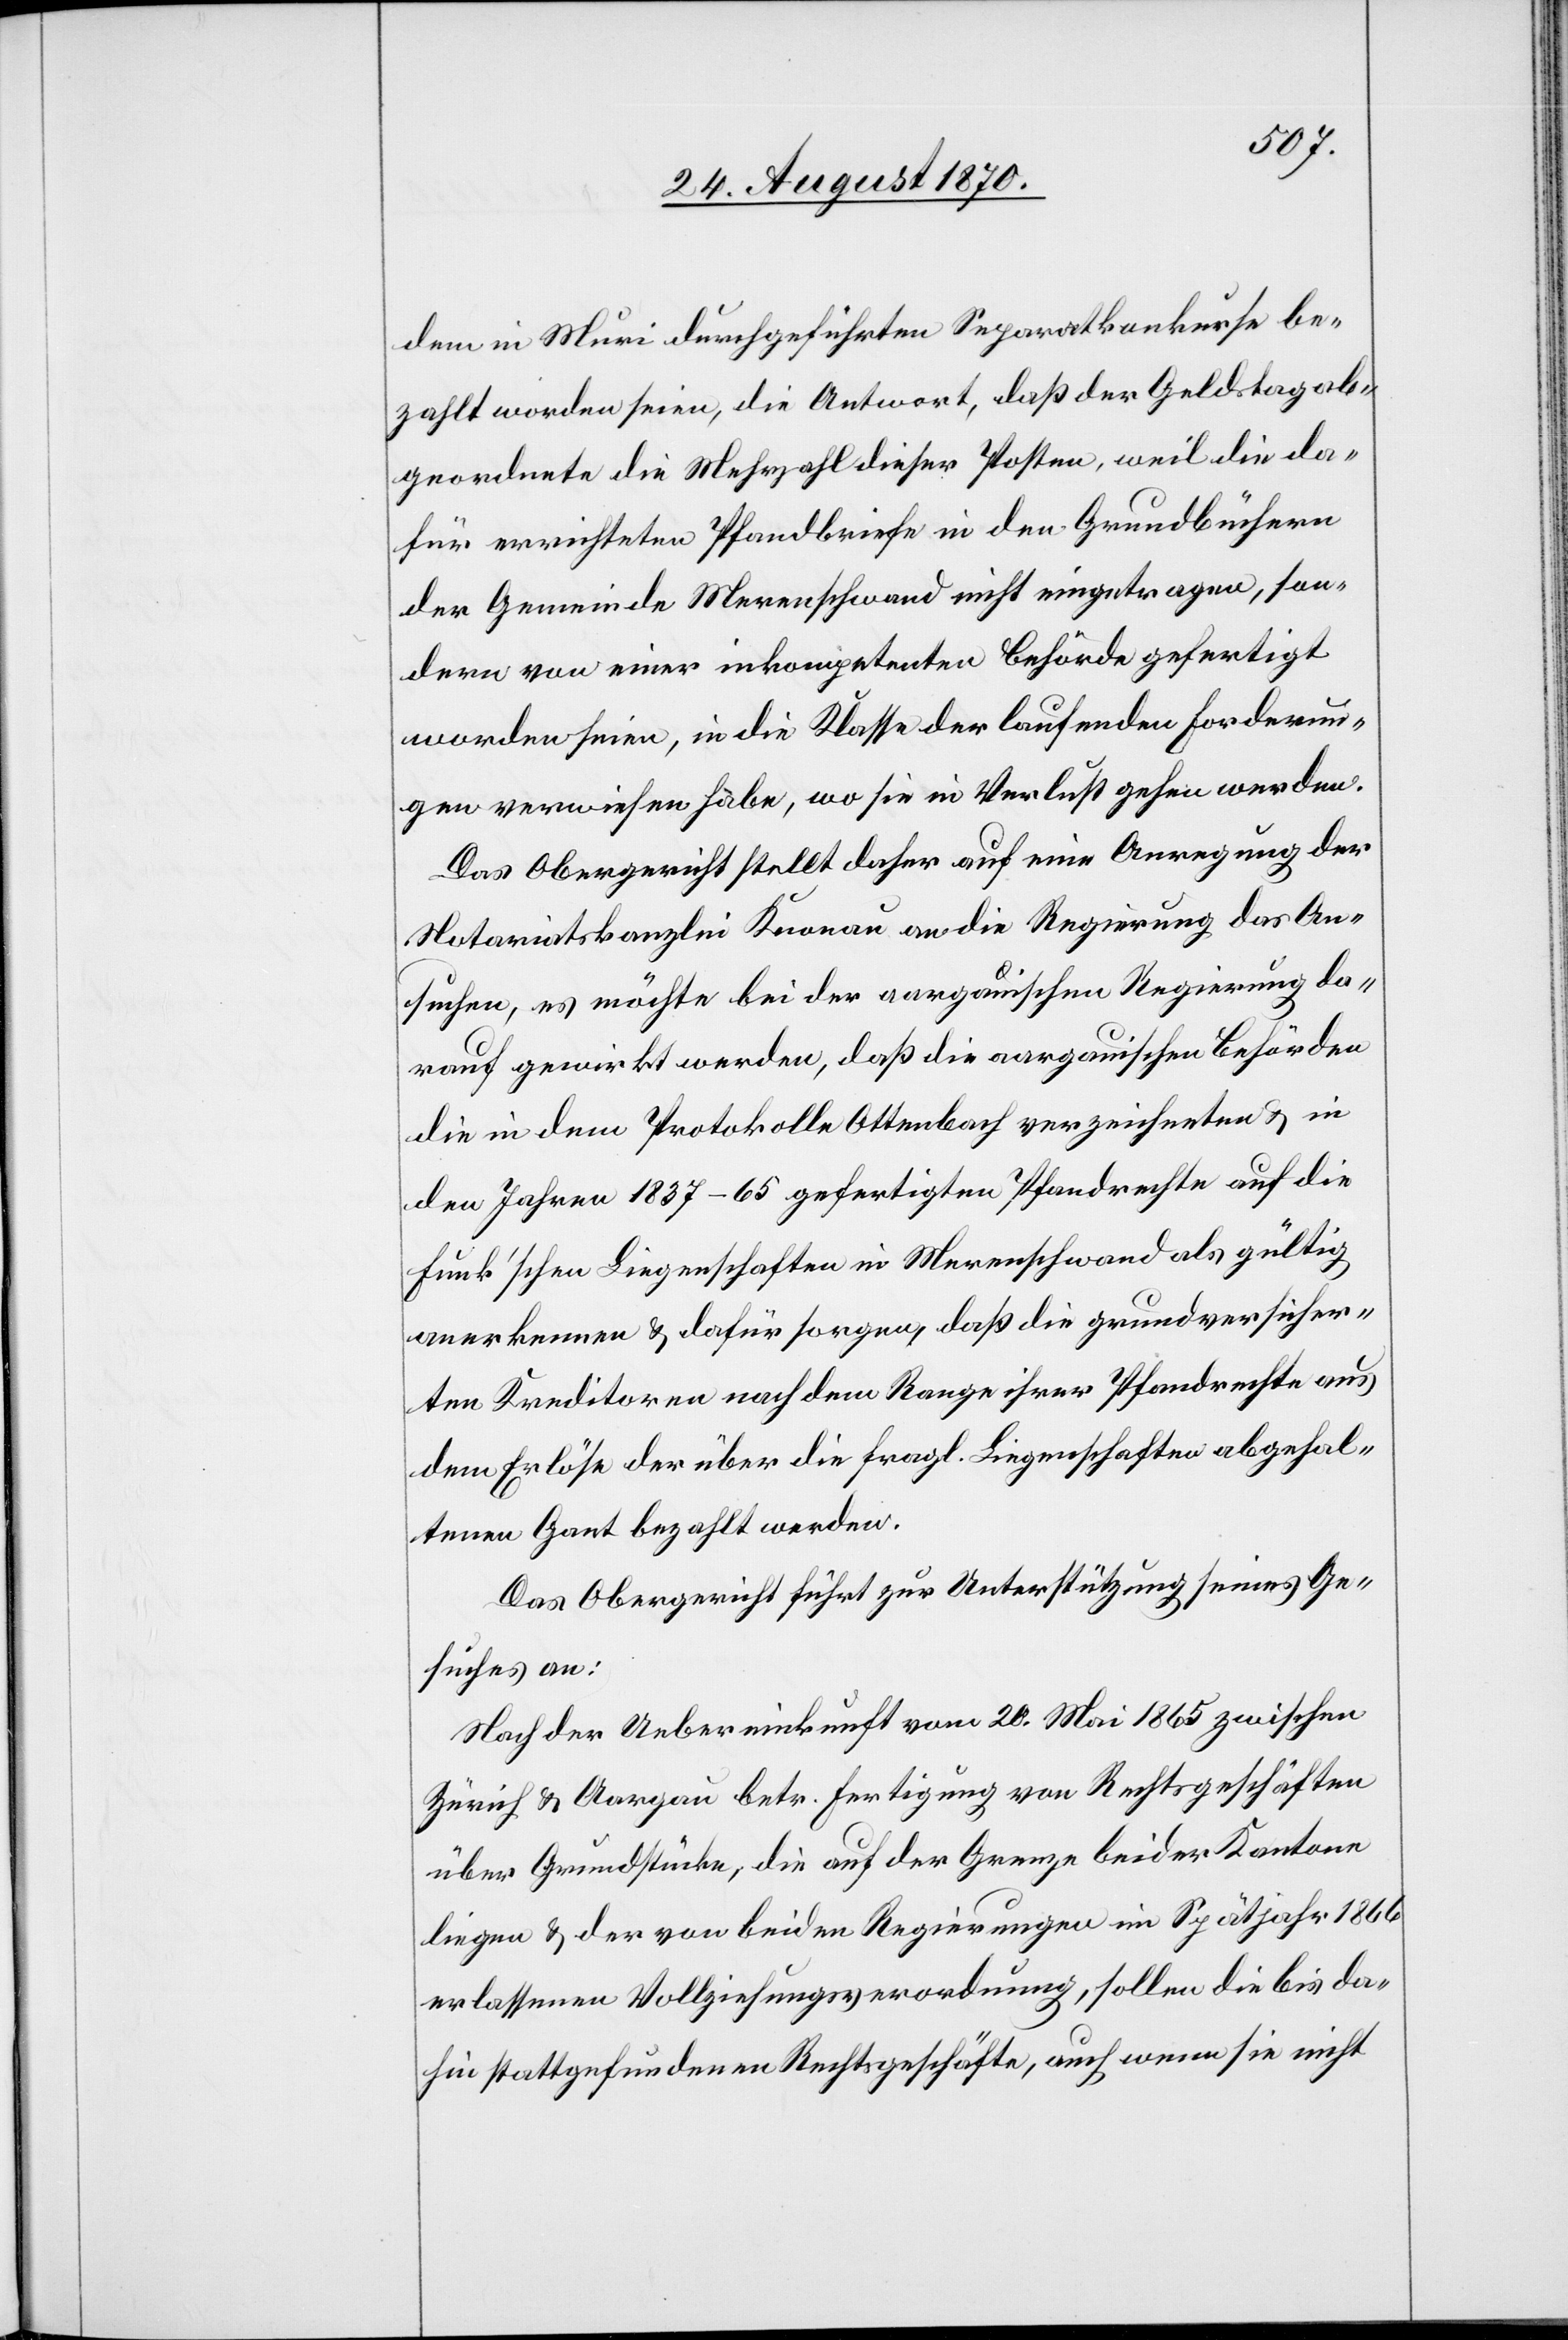
dem in Muri durchgeführten Separatkonkurse be¬
zahlt worden seien, die Antwort, daß der Geldstagab¬
geordnete die Mehrzahl dieser Posten, weil die da¬
für errichteten Pfandbriefe in den Grundbüchern
der Gemeinde Merenschwand nicht eingetragen, son¬
dern von einer inkompetenten Behörde gefertigt
worden seien, in die Klasse der laufenden Forderun¬
gen verwiesen habe, wo sie in Verlust gehen werden.
Das Obergericht stellt daher auf eine Anregung der
Notariatskanzlei Knonau an die Regierung das An¬
suchen, es möchte bei der aargauischen Regierung da¬
rauf gewirkt werden, daß die aargauischen Behörden
die in dem Protokolle Ottenbach verzeichneten & in
den Jahren 1837–65 gefertigten Pfandrechte auf die
Funk’schen Liegenschaften in Merenschwand als gültig
anerkennen & dafür sorgen, daß die grundversicher¬
ten Kreditoren nach dem Range ihrer Pfandrechte aus
dem Erlöse der über die fragl. Liegenschaften abgehal¬
tenen Gant bezahlt werden.
Das Obergericht führt zur Unterstützung seines Ge¬
suches an:
Nach der Uebereinkunft vom 20. Mai 1865 zwischen
Zürich & Aargau betr. Fertigung von Rechtsgeschäften
über Grundstücke, die auf der Grenze beider Kantone
liegen & der von beiden Regierungen im Spätjahr 1866
erlassenen Vollziehungsverordnung, sollen die bis da¬
hin stattgefundenen Rechtsgeschäfte, auch wenn sie nicht